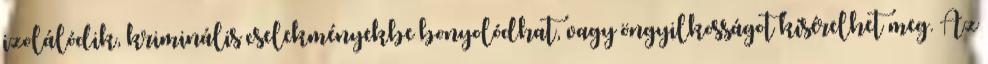
izolálódik, kriminális cselekményekbe bonyolódhat, vagy öngyilkosságot kísérelhet meg. Az